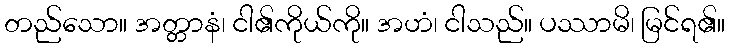
တည်သော။ အတ္တာနံ၊ ငါ၏ကိုယ်ကို။ အဟံ၊ ငါသည်။ ပဿာမိ၊ မြင်ရ၏။